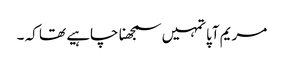
مریم آپا تمہیں سمجھنا چاہیے تھا کہ ۔